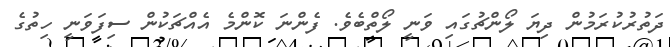
ދަތުރުކުރަމުން ދިޔަ ލޯންޗުގައި ވަނީ ލޯތްބެވެ. ފެންނަ ކޮންމެ އެއްޗަކުން ސިފަވަނީ ހިތުގެ